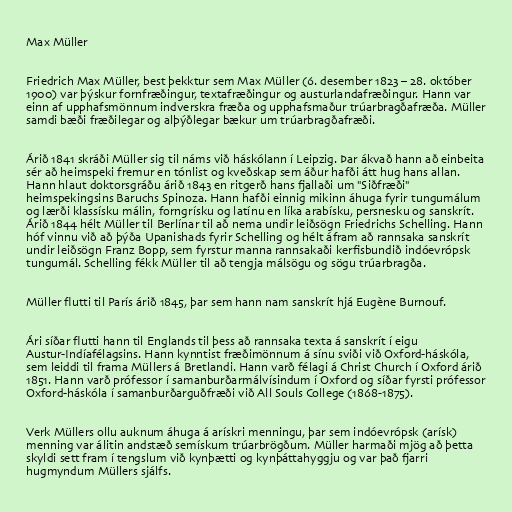
Max Müller

Friedrich Max Müller, best þekktur sem Max Müller (6. desember 1823 – 28. október
1900) var þýskur fornfræðingur, textafræðingur og austurlandafræðingur. Hann var
einn af upphafsmönnum indverskra fræða og upphafsmaður trúarbragðafræða. Müller
samdi bæði fræðilegar og alþýðlegar bækur um trúarbragðafræði.

Árið 1841 skráði Müller sig til náms við háskólann í Leipzig. Þar ákvað hann að einbeita
sér að heimspeki fremur en tónlist og kveðskap sem áður hafði átt hug hans allan.
Hann hlaut doktorsgráðu árið 1843 en ritgerð hans fjallaði um "Siðfræði"
heimspekingsins Baruchs Spinoza. Hann hafði einnig mikinn áhuga fyrir tungumálum
og lærði klassísku málin, forngrísku og latínu en líka arabísku, persnesku og sanskrít.
Árið 1844 hélt Müller til Berlínar til að nema undir leiðsögn Friedrichs Schelling. Hann
hóf vinnu við að þýða Upanishads fyrir Schelling og hélt áfram að rannsaka sanskrít
undir leiðsögn Franz Bopp, sem fyrstur manna rannsakaði kerfisbundið indóevrópsk
tungumál. Schelling fékk Müller til að tengja málsögu og sögu trúarbragða.

Müller flutti til París árið 1845, þar sem hann nam sanskrít hjá Eugène Burnouf.

Ári síðar flutti hann til Englands til þess að rannsaka texta á sanskrít í eigu
Austur-Indíafélagsins. Hann kynntist fræðimönnum á sínu sviði við Oxford-háskóla,
sem leiddi til frama Müllers á Bretlandi. Hann varð félagi á Christ Church í Oxford árið
1851. Hann varð prófessor í samanburðarmálvísindum í Oxford og síðar fyrsti prófessor
Oxford-háskóla í samanburðarguðfræði við All Souls College (1868-1875).

Verk Müllers ollu auknum áhuga á arískri menningu, þar sem indóevrópsk (arísk)
menning var álitin andstæð semískum trúarbrögðum. Müller harmaði mjög að þetta
skyldi sett fram í tengslum við kynþætti og kynþáttahyggju og var það fjarri
hugmyndum Müllers sjálfs.